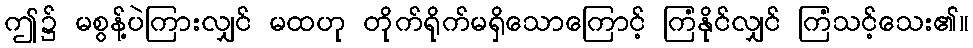
ဤ၌ မစွန့်ပဲကြားလျှင် မထဟု တိုက်ရိုက်မရှိသောကြောင့် ကြံနိုင်လျှင် ကြံသင့်သေး၏။